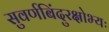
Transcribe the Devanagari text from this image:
सुवर्णबिंदुरक्षोभ्यः